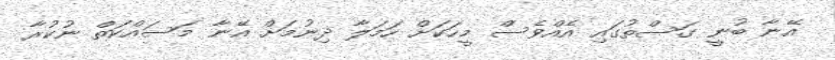
އޭނާ ބުނީ ގަސްތުގައި އެއްވެސް މީހަކަށް ހަމަލާ ދިނުމަށް އޭނާ މަސައްކަތް ނުކުރާ